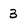
Character: 3